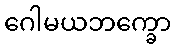
ဂေါမယဘက္ခော